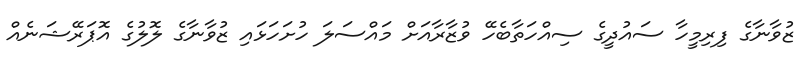
ޒުވާނާގެ ފިރިމީހާ ސައުދީގެ ސިއްހަތާބެހޭ ވުޒާރާއަށް މައްސަލަ ހުށަހަޅައި ޒުވާނާގެ ލޮލުގެ އޮޕަރޭޝަނެއް